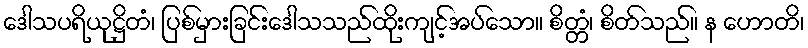
ဒေါသပရိယုဋ္ဌိတံ၊ ပြစ်မှားခြင်းဒေါသသည်ထိုးကျင့်အပ်သော။ စိတ္တံ၊ စိတ်သည်။ န ဟောတိ၊